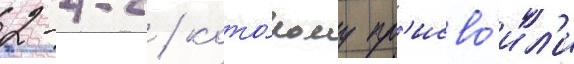
2-4-2 / кото́рому пр'исво́ил'и